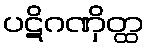
ပဋိဂဏှိတ္ထ